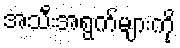
အသီးအရွက်များကို